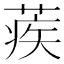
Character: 蒺